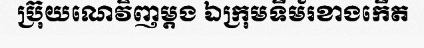
ប្រ៊ុយណេវិញម្តង ឯក្រុមទីម័រខាងកើត